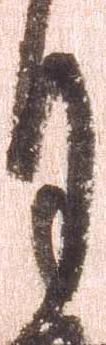
月